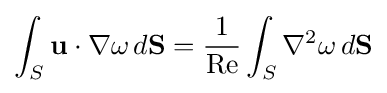
\int _{S}\mathbf {u} \cdot \nabla \mathbf {\omega } \,d\mathbf {S} ={\frac {1}{\mathrm {Re} }}\int _{S}\nabla ^{2}\omega \,d\mathbf {S}